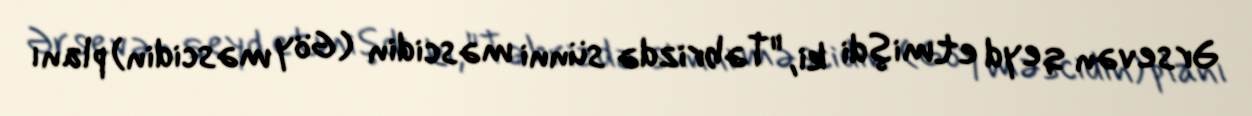
Ərsevən qeyd etmişdi ki, "Təbrizdə sünni məscidin (Göy məscidin) planı